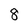
Character: 8